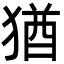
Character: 猶